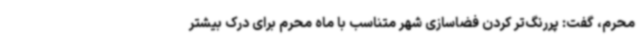
محرم، گفت: پررنگ‌تر کردن فضاسازی شهر متناسب با ماه محرم برای درک بیشتر